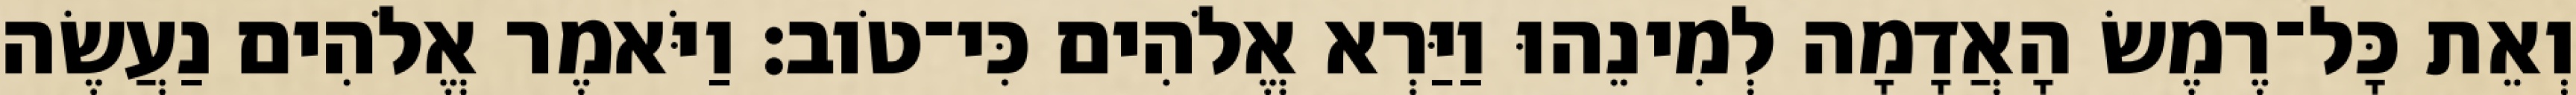
וְאֵת כָּל־רֶמֶשׂ הָאֲדָמָה לְמִינֵהוּ וַיַּרְא אֱלֹהִים כִּי־טֹוב׃ וַיֹּאמֶר אֱלֹהִים נַעֲשֶׂה